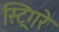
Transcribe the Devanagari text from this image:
स्ट्रिंगरे